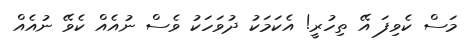
މަސް ކެވިފަ އޭ ތިހުރީ! އެކަމަކު ދުވަހަކު ވެސް ނުއެއް ކެވޭ ނުއެއް